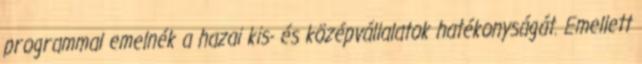
programmal emelnék a hazai kis- és középvállalatok hatékonyságát. Emellett